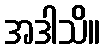
အဒါသိ။